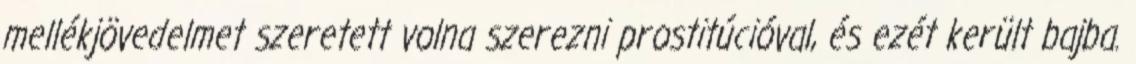
mellékjövedelmet szeretett volna szerezni prostitúcióval, és ezét került bajba.